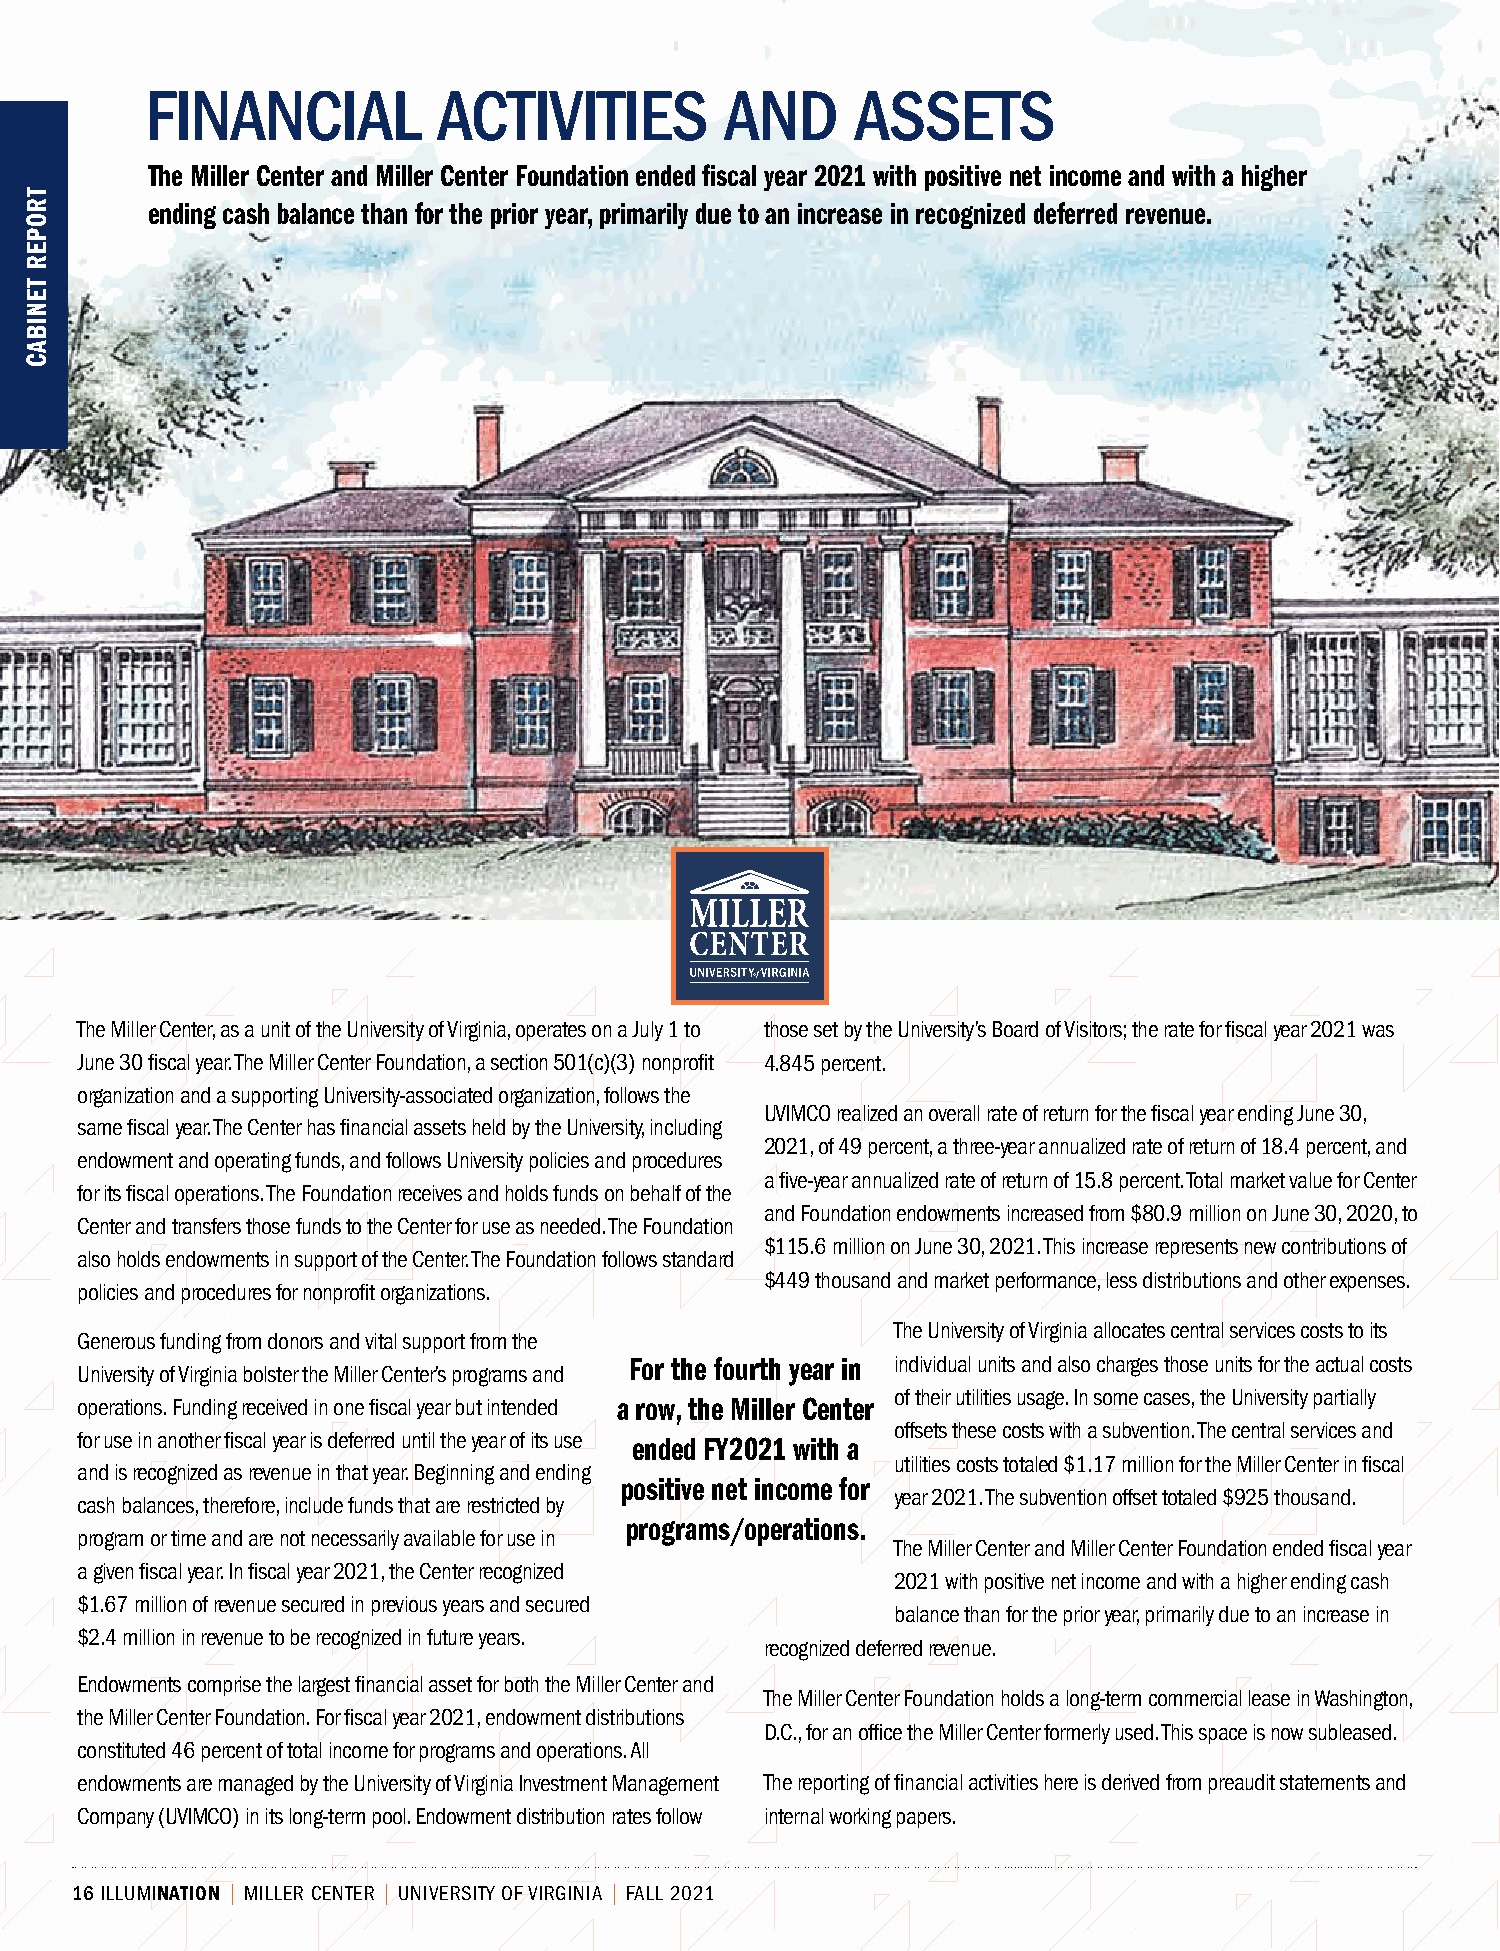
FINANCIAL          ACTIVITIES         AND      ASSETS
 The Miller Center and Miller Center Foundation ended fiscal year 2021 with positive net income and with a higher
 ending cash balance than for the prior year, primarily due to an increase in recognized deferred revenue.
 The Miller Center, as a unit of the University of Virginia, operates on a July 1 to those set by the University’s Board of Visitors; the rate for fiscal year 2021 was
 June 30 fiscal year. The Miller Center Foundation, a section 501(c)(3) nonprofit 4.845 percent.
 organization and a supporting University-associated organization, follows the
 UVIMCO realized an overall rate of return for the fiscal year ending June 30,
 same fiscal year. The Center has financial assets held by the University, including
 2021, of 49 percent, a three-year annualized rate of return of 18.4 percent, and
 endowment and operating funds, and follows University policies and procedures
 a five-year annualized rate of return of 15.8 percent. Total market value for Center
 for its fiscal operations. The Foundation receives and holds funds on behalf of the
 and Foundation endowments increased from $80.9 million on June 30, 2020, to
 Center and transfers those funds to the Center for use as needed. The Foundation
 $115.6 million on June 30, 2021. This increase represents new contributions of
 also holds endowments in support of the Center. The Foundation follows standard
 $449 thousand and market performance, less distributions and other expenses.
 policies and procedures for nonprofit organizations.
 The University of Virginia allocates central services costs to its
 Generous funding from donors and vital support from the
 For the fourth year in individual units and also charges those units for the actual costs
 University of Virginia bolster the Miller Center’s programs and
 of their utilities usage. In some cases, the University partially
 operations. Funding received in one fiscal year but intended a row, the Miller Center
 offsets these costs with a subvention. The central services and
 for use in another fiscal year is deferred until the year of its use ended FY2021 with a
 utilities costs totaled $1.17 million for the Miller Center in fiscal
 and is recognized as revenue in that year. Beginning and ending
 positive net income for
 year 2021. The subvention offset totaled $925 thousand.
 cash balances, therefore, include funds that are restricted by
 programs/operations.
 program or time and are not necessarily available for use in
 The Miller Center and Miller Center Foundation ended fiscal year
 a given fiscal year. In fiscal year 2021, the Center recognized
 2021 with positive net income and with a higher ending cash
 $1.67 million of revenue secured in previous years and secured
 balance than for the prior year, primarily due to an increase in
 $2.4 million in revenue to be recognized in future years.
 recognized deferred revenue.
 Endowments comprise the largest financial asset for both the Miller Center and
 The Miller Center Foundation holds a long-term commercial lease in Washington,
 the Miller Center Foundation. For fiscal year 2021, endowment distributions
 D.C., for an office the Miller Center formerly used. This space is now subleased.
 constituted 46 percent of total income for programs and operations. All
 endowments are managed by the University of Virginia Investment Management The reporting of financial activities here is derived from preaudit statements and
 Company (UVIMCO) in its long-term pool. Endowment distribution rates follow internal working papers.
 16 ILLUMINATION | MILLER CENTER | UNIVERSITY OF VIRGINIA | FALL 2021
 TROPER
 TENIBAC